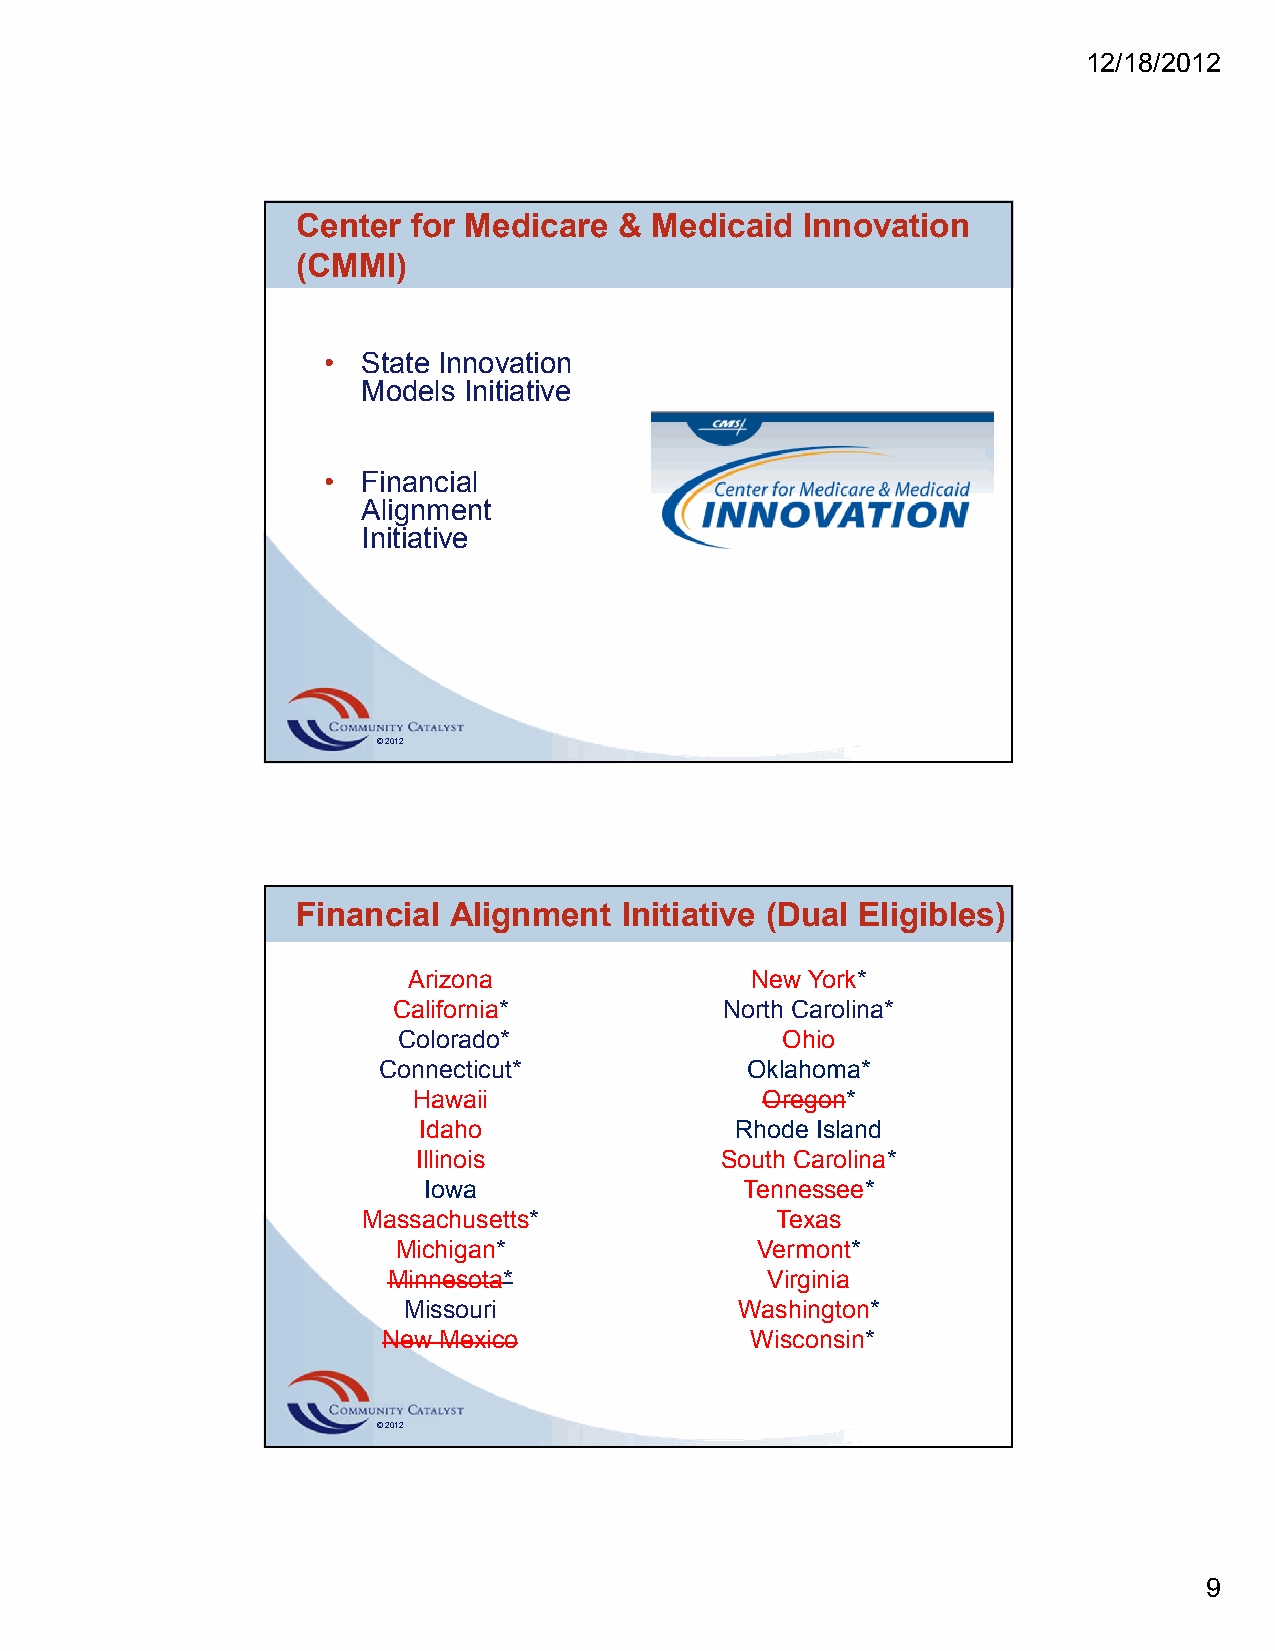
12/18/2012
 Center for Medicare  & Medicaid  Innovation
 (CMMI)
 •  State Innovation
 Models Initiative
 •  Financial
 Alignment
 Initiative
 © 2012
 Financial Alignment  Initiative (Dual Eligibles)
 Arizona                New York*
 California*           North Carolina*
 Colorado*                 Ohio
 Connecticut*            Oklahoma*
 Hawaii                 Oregon*
 Idaho                Rhode Island
 Illinois            South Carolina*
 Iowa                 Tennessee*
 Massachusetts*             Texas
 Michigan*               Vermont*
 Minnesota*               Virginia
 Missouri              Washington*
 New Mexico               Wisconsin*
 © 2012
 9